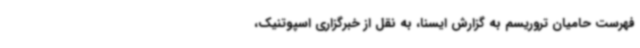
فهرست حامیان تروریسم به گزارش ایسنا، به نقل از خبرگزاری اسپوتنیک،